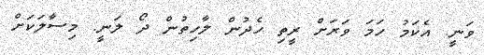
ވަނީ. އެކަމު ހަމަ ވަރަށް ރީތި ހެދުން ލާހިތުން ދޯ ލަނީ. މިސާލަކަށް